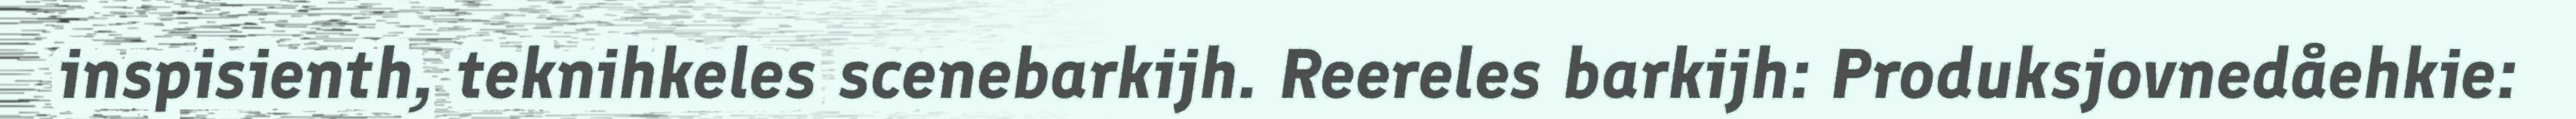
inspisienth, teknihkeles scenebarkijh. Reereles barkijh: Produksjovnedåehkie: